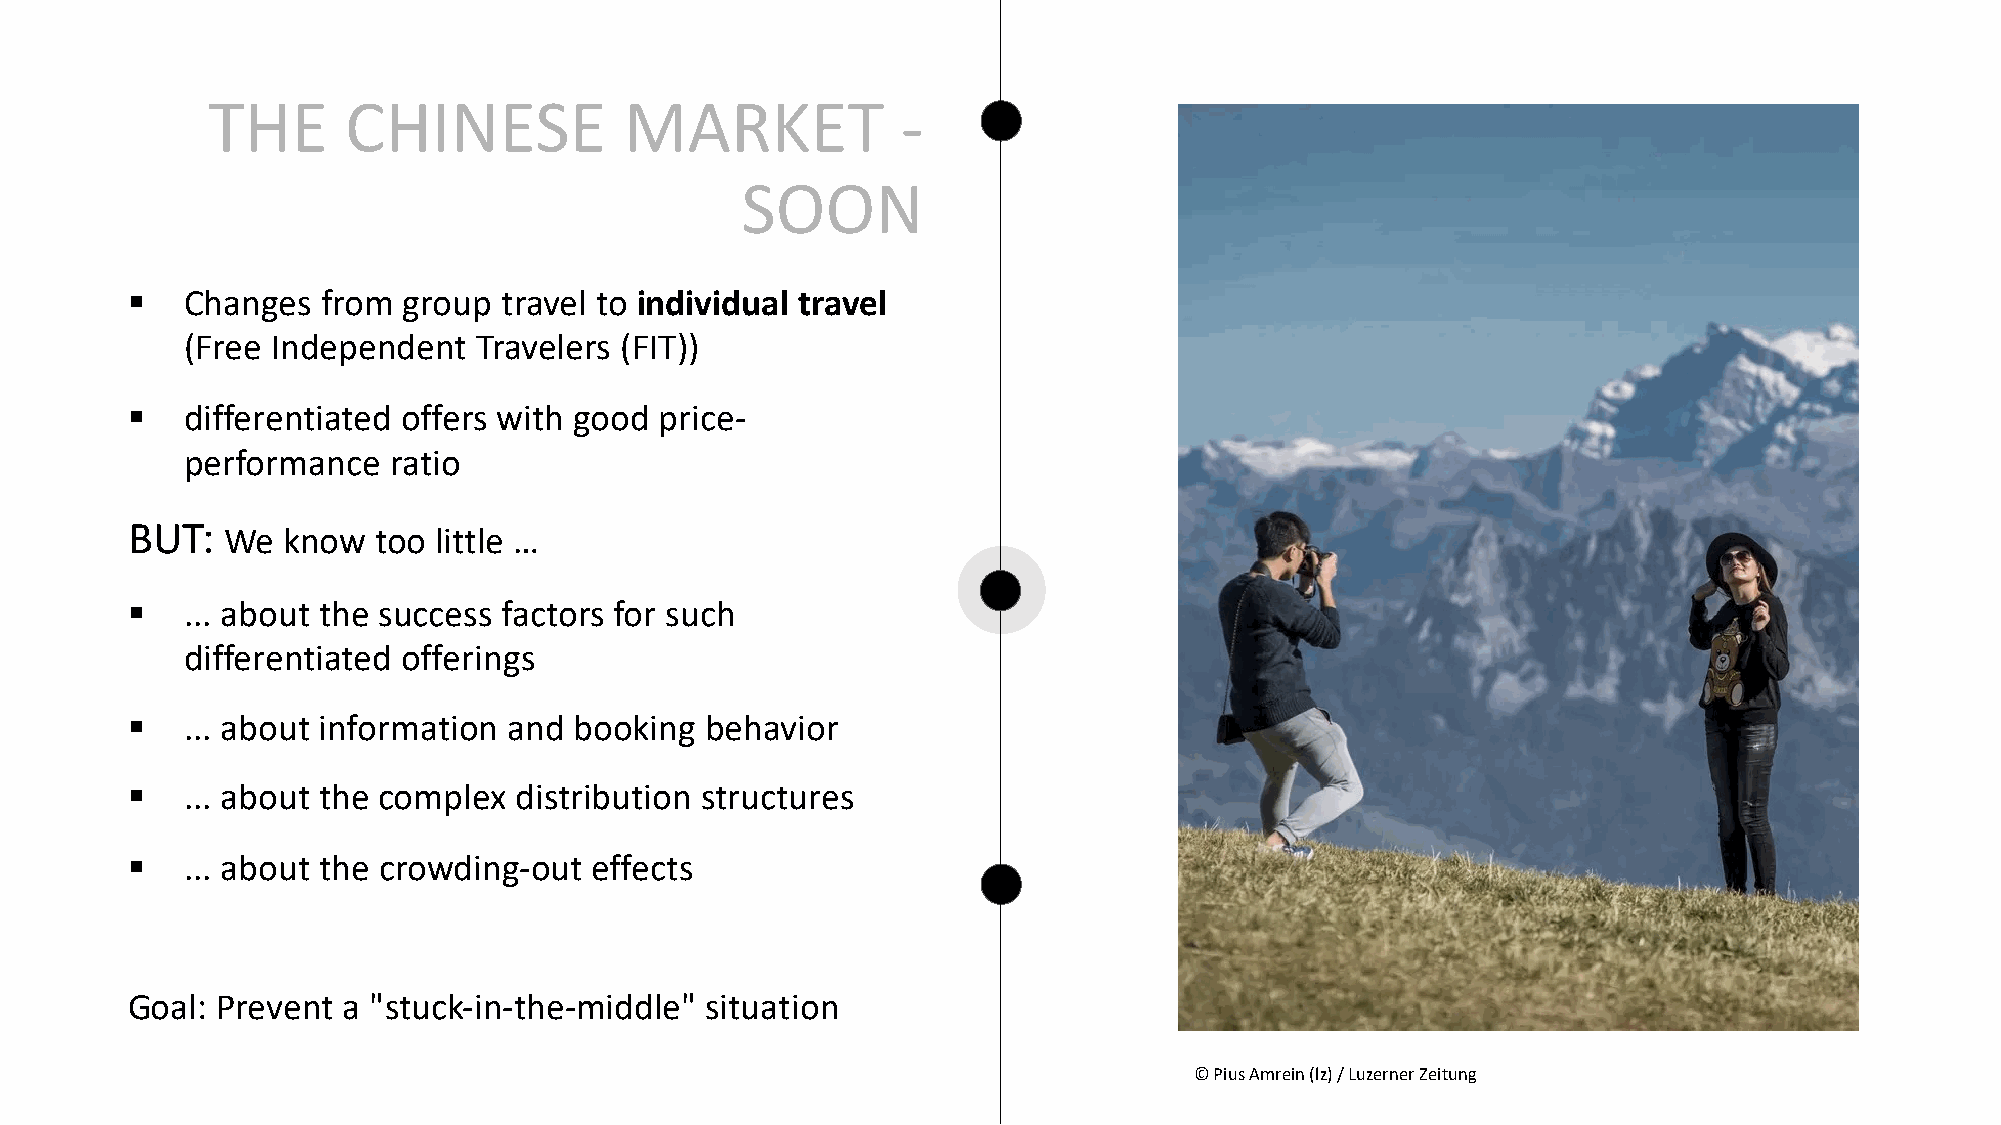
THE      CHINESE           MARKET             -
 SOON
 §   Changes  from  group travel to individual travel
 (Free Independent   Travelers (FIT))
 §   differentiated offers with good price-
 performance   ratio
 BUT:   We  know  too little …
 §   ... about the success factors for such
 differentiated offerings
 §   ... about information and booking  behavior
 §   ... about the complex distribution structures
 §   ... about the crowding-out effects
 Goal: Prevent  a "stuck-in-the-middle" situation
 © Pius Amrein(lz) / Luzerner Zeitung